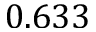
0 . 6 3 3